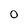
Character: O